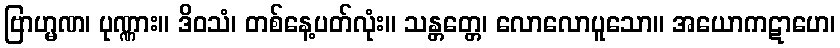
ဗြာဟ္မဏ၊ ပုဏ္ဏား။ ဒိဝသံ၊ တစ်နေ့ပတ်လုံး။ သန္တတ္တေ၊ လောလောပူသော။ အယောကဋာဟေ၊